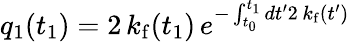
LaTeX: q_{1}(t_{1})=2\, k_{\mathrm{f}}(t_{1})\, e^{-\int_{t_{0}}^{t_{1}}dt^{\prime}2\, k_{\mathrm{f}}(t^{\prime})}